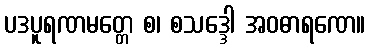
ပဒပူရဏမတ္တေ စ၊ စသဒ္ဒေါ အဝဓာရဏေ။